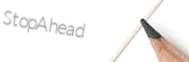
StopAhead